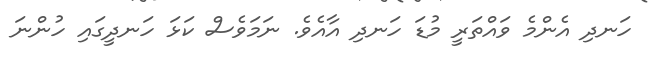
ހަނދި އެންމެ ވައްތަރީ މުޑަ ހަނދި އާއެވެ. ނަމަވެސް ކަޅަ ހަނދީގައި ހުންނަ